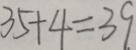
3 5 + 4 = 3 9